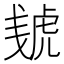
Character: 𰲠